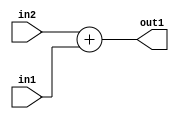
`timescale 1ps / 1ps
/*****************************************************************************
    Verilog RTL Description
    
    
    Created by: Stratus DpOpt 2019.1.01 
*******************************************************************************/

module SobelFilter_Add_4Ux2U_4U_1 (
	in2,
	in1,
	out1
	); /* architecture "behavioural" */ 
input [3:0] in2;
input [1:0] in1;
output [3:0] out1;
wire [3:0] asc001;

assign asc001 = 
	+(in2)
	+(in1);

assign out1 = asc001;
endmodule

/* CADENCE  ubD3TQ0= : u9/ySgnWtBlWxVPRXgAZ4Og= ** DO NOT EDIT THIS LINE ******/